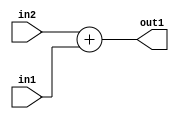
`timescale 1ps / 1ps
/*****************************************************************************
    Verilog RTL Description
    
    
    Created by: Stratus DpOpt 2019.1.01 
*******************************************************************************/

module SobelFilter_Add_4Ux2U_4U_1 (
	in2,
	in1,
	out1
	); /* architecture "behavioural" */ 
input [3:0] in2;
input [1:0] in1;
output [3:0] out1;
wire [3:0] asc001;

assign asc001 = 
	+(in2)
	+(in1);

assign out1 = asc001;
endmodule

/* CADENCE  ubD3TQ0= : u9/ySgnWtBlWxVPRXgAZ4Og= ** DO NOT EDIT THIS LINE ******/